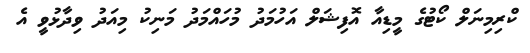
ކްރިމިނަލް ކޯޓުގެ މީޑިއާ އޮފިޝަލް އަހުމަދު މުހައްމަދު މަނިކު މިއަދު ވިދާޅުވީ އެ